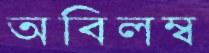
অবিলম্ব